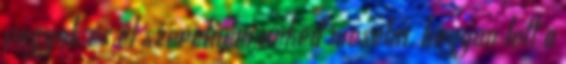
vagyok és el szeretném neked mesélni, hogyan lett a